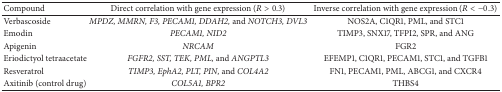
<table><thead><tr><td><b>Compound</b></td><td><b>Direct correlation with gene expression (<i>R</i> &gt; 0.3)</b></td><td><b>Inverse correlation with gene expression (<i>R</i> &lt; −0.3)</b></td></tr></thead><tbody><tr><td>Verbascoside</td><td><i>MPDZ, MMRN, F3, PECAM1, DDAH2, </i>and <i>NOTCH3, DVL3 </i></td><td>NOS2A, C1QR1, PML, and STC1</td></tr><tr><td>Emodin</td><td><i>PECAM1, NID2 </i></td><td>TIMP3, SNX17, TFPI2, SPR, and ANG</td></tr><tr><td>Apigenin</td><td><i>NRCAM </i></td><td>FGR2</td></tr><tr><td>Eriodictyol tetraacetate</td><td><i>FGFR2, SST, TEK, PML, </i>and <i>ANGPTL3 </i></td><td>EFEMP1, C1QR1, PECAM1, STC1, and TGFB1 </td></tr><tr><td>Resveratrol</td><td><i>TIMP3, EphA2, PLT, PIN, </i>and <i>COL4A2 </i></td><td>FN1, PECAM1, PML, ABCG1, and CXCR4</td></tr><tr><td>Axitinib (control drug)</td><td><i>COL5A1, BPR2 </i></td><td>THBS4 </td></tr></tbody></table>